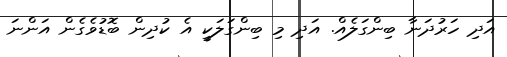
އަދި ހަރުދަނާ ބިންގަލެއް. އަދި މި ބިންގަލަކީ އެ ކުދިން ބޮޑުވެގެން އަންނަ